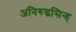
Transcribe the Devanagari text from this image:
अनिरुद्धसिन्ह